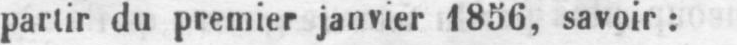
partir du premier janvier 1856, savoir: